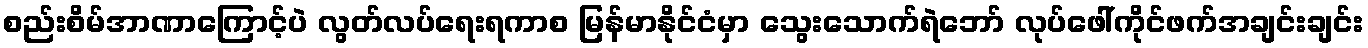
စည်းစိမ်အာဏာကြောင့်ပဲ လွတ်လပ်ရေးရကာစ မြန်မာနိုင်ငံမှာ သွေးသောက်ရဲဘော် လုပ်ဖေါ်ကိုင်ဖက်အချင်းချင်း